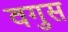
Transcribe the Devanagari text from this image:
वगुस